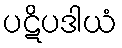
ပဋိပဒါယံ